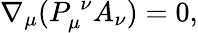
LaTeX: \nabla_{\mu}(P_{\mu}^{\; \nu}A_{\nu})=0,